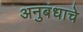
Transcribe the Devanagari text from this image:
अनुबंधाचे